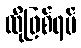
ထိုဖြစ်ရပ်